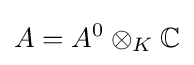
A=A^{0}\otimes _{K}\mathbb {C}